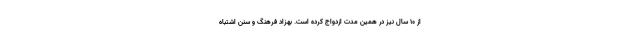
از ۱۰ سال نیز در همین مدت ازدواج کرده است. بهزاد فرهنگ و سنن اشتباه